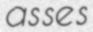
asses